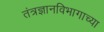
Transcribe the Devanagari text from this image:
तंत्रज्ञानविभागाच्या